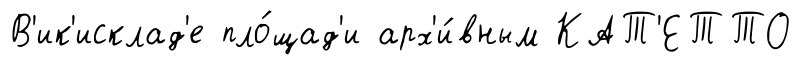
В'ик'исклад'е пло́щад'и арх'и́вным КАТ'ЕТТО